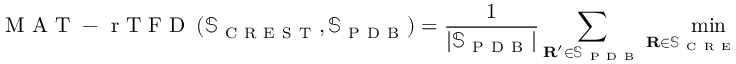
\mathrm { ~ M ~ A ~ T ~ - ~ r ~ T ~ F ~ D ~ } \left( \mathbb { S } _ { \mathrm { ~ C ~ R ~ E ~ S ~ T ~ } } , \mathbb { S } _ { \mathrm { ~ P ~ D ~ B ~ } } \right) = \frac { 1 } { \lvert \mathbb { S } _ { \mathrm { ~ P ~ D ~ B ~ } } \rvert } \sum _ { \mathbf { R } ^ { \prime } \in \mathbb { S } _ { \mathrm { ~ P ~ D ~ B ~ } } } \operatorname* { m i n } _ { \mathbf { R } \in \mathbb { S } _ { \mathrm { ~ C ~ R ~ E ~ S ~ T ~ } } } \mathrm { ~ r ~ T ~ F ~ D ~ } \left( \mathbf { R } , \mathbf { R } ^ { \prime } \right)